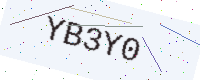
Text: YB3Y0